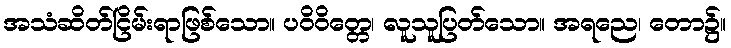
အသံဆိတ်ငြိမ်းရာဖြစ်သော။ ပဝိဝိတ္တေ၊ လူသူပြတ်သော။ အရညေ၊ တော၌။